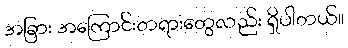
အခြား အကြောင်းတရားတွေလည်း ရှိပါတယ်။